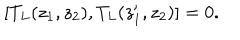
[ T _ { L } ( z _ { 1 } , z _ { 2 } ) , T _ { L } ( z _ { 1 } ^ { \prime } , z _ { 2 } ) ] = 0 .